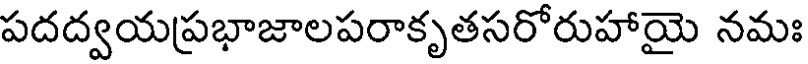
పదద్వయప్రభాజాలపరాకృతసరోరుహాయై నమః